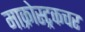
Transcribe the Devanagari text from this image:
माक्रोस्ट्रकचर